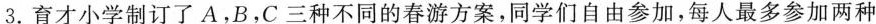
3.育才小学制订了A.B，C三种不同的春游方案，同学们自由参加，每人最多参加两种